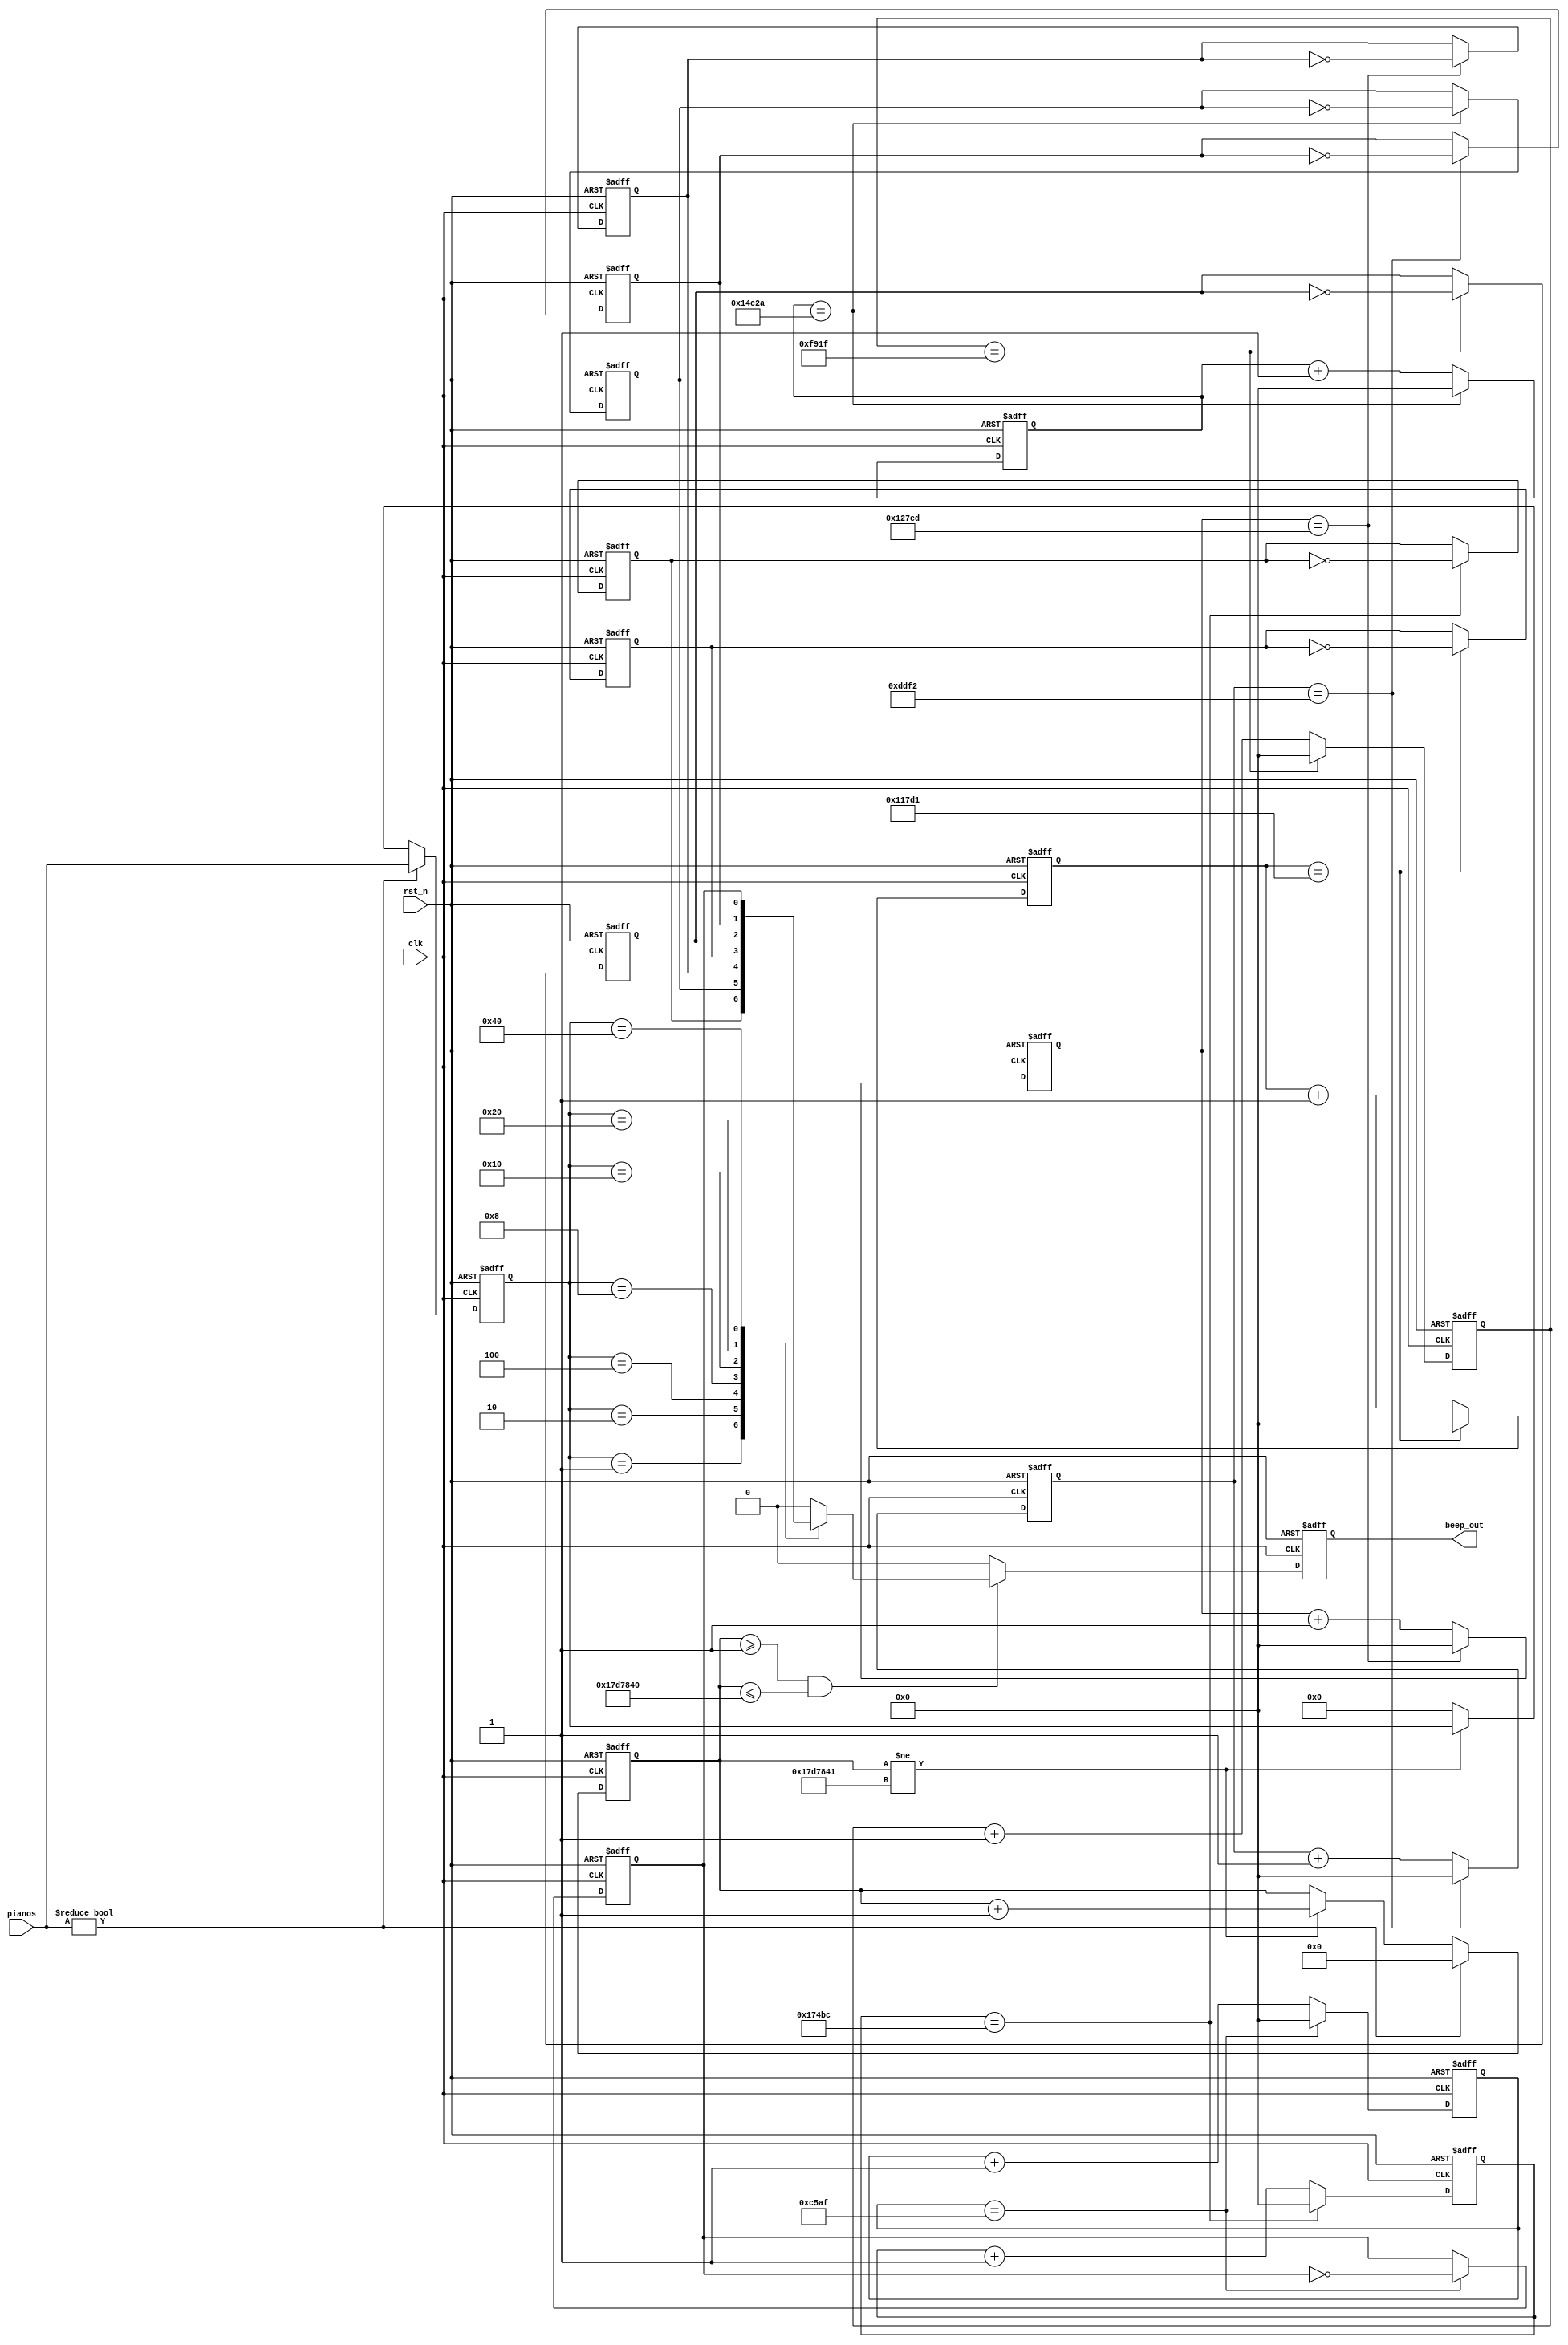
module BUZZER 
#(
	parameter max_500ms = 32'd24_999_999
)
(
	input clk,
	input rst_n,
	input [7:0] pianos,

	output reg beep_out
);

	//temppianos
	reg [7:0] temp;
	wire [23:0] signal_half [7:0];
	reg [23:0] signal_cnt [7:0];
	reg dis_singal_8 [7:0];
	reg [31:0] cnt_500ms;

	assign signal_half[0] = 24'd95420;
	assign signal_half[1] = 24'd85034;
	assign signal_half[2] = 24'd75757;
	assign signal_half[3] = 24'd71633;
	assign signal_half[4] = 24'd63775;
	assign signal_half[5] = 24'd56818;
	assign signal_half[6] = 24'd50607;
	assign signal_half[7] = 24'd0;


	genvar i;
	/*0*/
	generate for(i = 0; i < 7; i = i + 1) begin : signal_dis_8
		
		/**/
		always @(posedge clk or negedge rst_n) begin
			if(~rst_n) begin
				signal_cnt[i] <= 24'd0;
			end else if(signal_cnt[i] == signal_half[i]) begin
				signal_cnt[i] <= 24'd0;
			end else begin
				signal_cnt[i] <= signal_cnt[i] + 24'd1;
			end
		end

		/**/
		always @(posedge clk or negedge rst_n) begin
			if(~rst_n) begin
				dis_singal_8[i] <= 1'd0;
			end else if(signal_cnt[i] == signal_half[i]) begin
				dis_singal_8[i] <= ~dis_singal_8[i];
			end else begin
				dis_singal_8[i] <= dis_singal_8[i];
			end
		end 


	end endgenerate


	/*0.5s
	0.5s = 0.5 * 10^9 = 500_000_000ns
	500_000_000 / 20 = 25_000_000
	0.5s*/
	always @(posedge clk or negedge rst_n) begin
		if(~rst_n) begin
			cnt_500ms <= 32'd0;
			temp <= 4'd0;
		end else if(pianos != 4'd0) begin
			/*Do:0001;Re:0010;Mi:0100;Fa:1000*/    
			//
			cnt_500ms <= 32'd0;
			temp <= pianos;
		end else if(cnt_500ms != max_500ms + 32'd2) begin
			cnt_500ms <= cnt_500ms + 32'd1;
		end else begin
			cnt_500ms <= cnt_500ms;
			temp <= 4'd0;
		end
	end

	always @(posedge clk or negedge rst_n) begin
		if(~rst_n) begin
			beep_out <= 1'd0;
		end else if(cnt_500ms >= 32'd1 && cnt_500ms <= max_500ms + 32'd1) begin
			case(temp)
				//DoReMiFa
				8'b0000_0001: beep_out <= dis_singal_8[0];
				8'b0000_0010: beep_out <= dis_singal_8[1];
				8'b0000_0100: beep_out <= dis_singal_8[2];
				8'b0000_1000: beep_out <= dis_singal_8[3];
				//SoLaSi
				8'b0001_0000: beep_out <= dis_singal_8[4];
				8'b0010_0000: beep_out <= dis_singal_8[5];
				8'b0100_0000: beep_out <= dis_singal_8[6];
				8'b1000_0000: beep_out <= 1'd0;
				default: beep_out <= 1'd0;
			endcase // pianos
		end else begin
			beep_out <= 1'd0;
		end
	end



endmodule